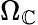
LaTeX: \Omega_{\mathbb{C}}